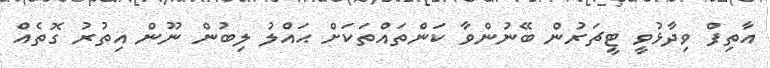
އާތިފް ވިދާޅުވީ ޓީޗަރުން ބޭނުންވާ ކަންތައްތަކަށް ޙައްލު ލިބުން ނޫން އިތުރު ގޮތެއް